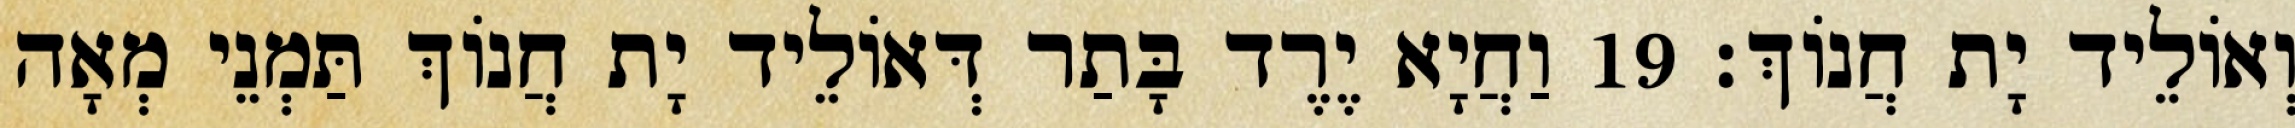
וְאוֹלֵיד יָת חֲנוֹךְ׃ 19 וַחֲיָא יֶרֶד בָּתַר דְּאוֹלֵיד יָת חֲנוֹךְ תַּמְנֵי מְאָה